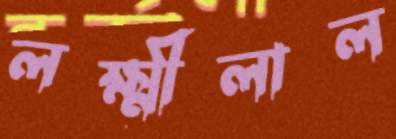
লক্ষ্মীলাল